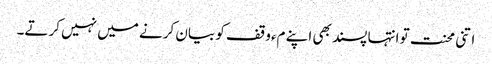
اتنی محنت تو انتہا پسند بھی اپنے مءوقف کو بیان کرنے میں نہیں کرتے۔